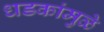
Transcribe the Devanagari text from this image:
धडकांमुळे